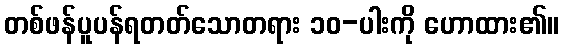
တစ်ဖန်ပူပန်ရတတ်သောတရား ၁၀-ပါးကို ဟောထား၏။